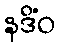
နဒိံဝ